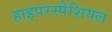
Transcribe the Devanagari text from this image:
हाइपरस्पेशियल